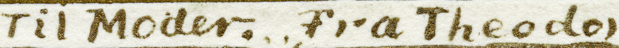
Til Moder FraTheodor